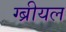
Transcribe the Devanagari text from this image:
ग्ब्रीयल